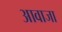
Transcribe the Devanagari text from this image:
आवाजा